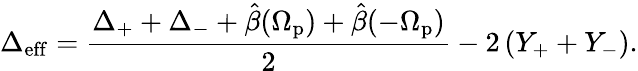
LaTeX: \Delta_{\mathrm{eff}}=\frac{\Delta_{+}+\Delta_{-}+\hat{\beta}(\Omega_{\mathrm{p}})+\hat{\beta}(-\Omega_{\mathrm{p}})}{2}-2\left(Y_{+}+Y_{-}\right).